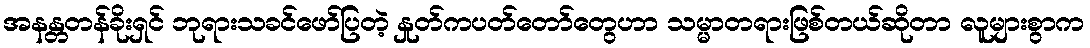
အနန္တတန်ခိုးရှင် ဘုရားသခင်ဖော်ပြတဲ့ နှုတ်ကပတ်တော်တွေဟာ သမ္မာတရားဖြစ်တယ်ဆိုတာ လူများစွာက